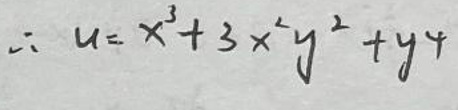
\[\therefore u = x^{3}+3x^{2}y^{2}+y^{4}\]